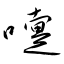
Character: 嚏